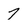
Character: 7